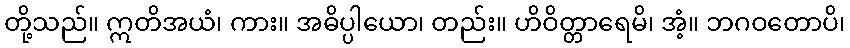
တို့သည်။ ဣတိအယံ၊ ကား။ အဓိပ္ပါယော၊ တည်း။ ဟိဝိတ္တာရေမိ၊ အံ့။ ဘဂဝတောပိ၊